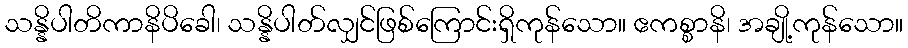
သန္နိပါတိကာနိပိခေါ၊ သန္နိပါတ်လျှင်ဖြစ်ကြောင်းရှိကုန်သော။ ဧကစ္စာနိ၊ အချို့ကုန်သော။